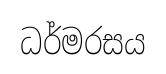
ධර්මරසය